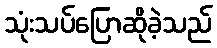
သုံးသပ်ပြောဆိုခဲ့သည်